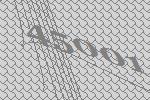
45001